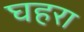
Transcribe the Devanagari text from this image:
घहरा